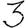
Digit: 3